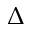
\Delta